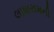
લાધારામની